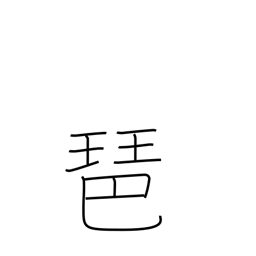
Meaning: lute